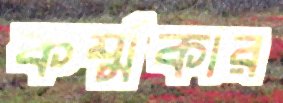
কর্ম্মকার